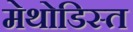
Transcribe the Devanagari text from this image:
मेथोडिस्त